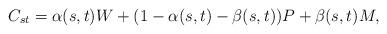
LaTeX: \begin{align*}C_{st} = \alpha(s,t)W + (1-\alpha(s,t)-\beta(s,t))P + \beta(s,t)M,\end{align*}